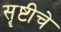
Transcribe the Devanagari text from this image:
सॄष्टीचे